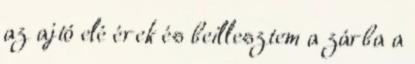
az ajtó elé érek és beillesztem a zárba a